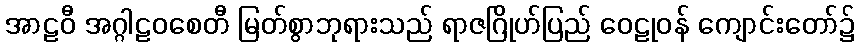
အာဠဝီ အဂ္ဂါဠဝစေတီ မြတ်စွာဘုရားသည် ရာဇဂြိုဟ်ပြည် ဝေဠုဝန် ကျောင်းတော်၌